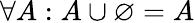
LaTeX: \forall A:A\cup\varnothing=A